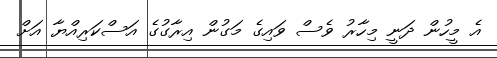
އެ މީހުން ދަނީ މިހާރު ވެސް ވައިގެ މަގުން އިރާގުގެ އަސްކަރިއްޔާ އަށް